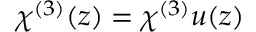
\chi ^ { ( 3 ) } ( z ) = \chi ^ { ( 3 ) } u ( z )